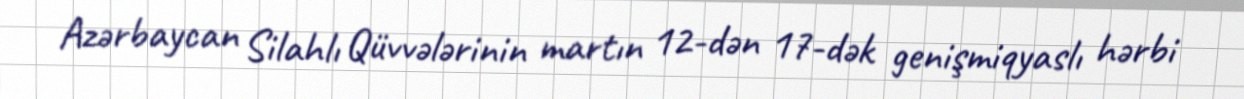
Azərbaycan Silahlı Qüvvələrinin martın 12-dən 17-dək genişmiqyaslı hərbi